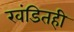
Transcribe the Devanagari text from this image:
खंडितही